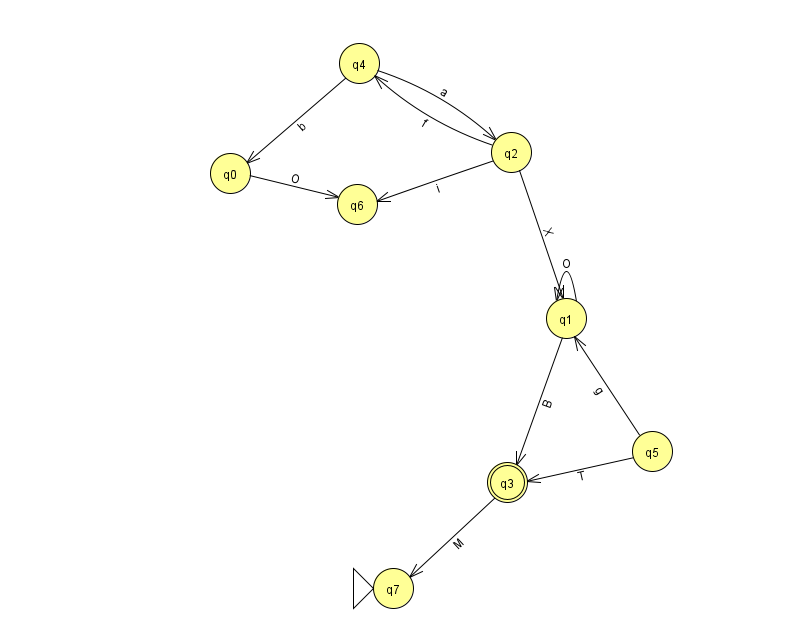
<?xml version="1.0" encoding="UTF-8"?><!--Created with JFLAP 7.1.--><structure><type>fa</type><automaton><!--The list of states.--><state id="0" name="q0"><x>230.0</x><y>160.0</y></state><state id="1" name="q1"><x>566.0</x><y>305.0</y></state><state id="2" name="q2"><x>511.0</x><y>139.0</y></state><state id="3" name="q3"><x>507.0</x><y>469.0</y><final/></state><state id="4" name="q4"><x>359.0</x><y>50.0</y></state><state id="5" name="q5"><x>652.0</x><y>438.0</y></state><state id="6" name="q6"><x>357.0</x><y>191.0</y></state><state id="7" name="q7"><x>393.0</x><y>575.0</y><initial/></state><!--The list of transitions.--><transition><from>0</from><to>6</to><read>O</read></transition><transition><from>2</from><to>4</to><read>f</read></transition><transition><from>5</from><to>3</to><read>T</read></transition><transition><from>2</from><to>1</to><read>X</read></transition><transition><from>3</from><to>7</to><read>M</read></transition><transition><from>4</from><to>2</to><read>a</read></transition><transition><from>1</from><to>3</to><read>B</read></transition><transition><from>5</from><to>1</to><read>g</read></transition><transition><from>4</from><to>0</to><read>b</read></transition><transition><from>1</from><to>1</to><read>O</read></transition><transition><from>2</from><to>6</to><read>i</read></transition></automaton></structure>